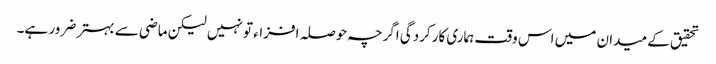
تحقیق کے میدان میں اس وقت ہماری کارکردگی اگرچہ حوصلہ افزاء تو نہیں لیکن ماضی سے بہتر ضرور ہے۔